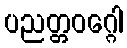
ပညတ္တဝဂ္ဂေါ